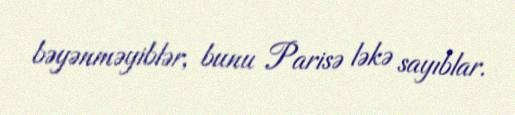
bəyənməyiblər, bunu Parisə ləkə sayıblar.